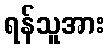
ရန်သူအား